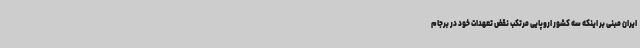
ایران مبنی بر اینکه سه کشور اروپایی مرتکب نقض تعهدات خود در برجام